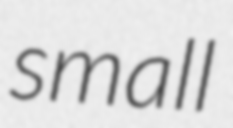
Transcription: small